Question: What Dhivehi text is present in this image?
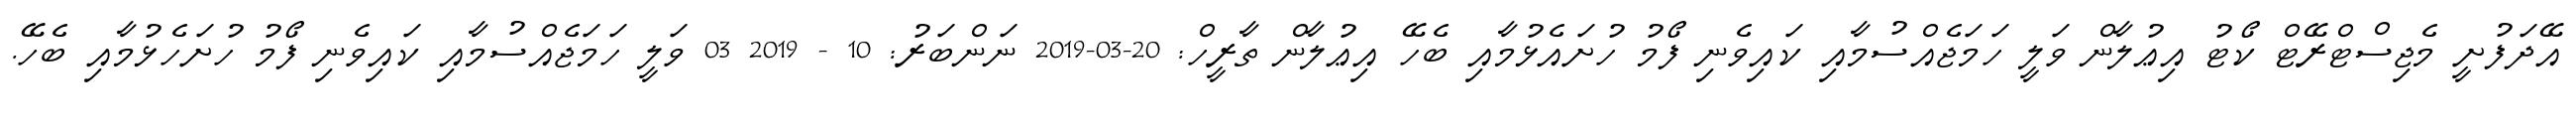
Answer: އޭދަފުށީ މެޖިސްޓްރޭޓް ކޯޓު އިޢުލާން ވަލީ ހަމަޖެއްސުމާއި ކައިވެނި ފޯމު ހުށައެޅުމާއި ބެހޭ އިޢުލާން ތާރީހް: 20-03-2019 ނަންބަރު: 10 - 2019 03 ވަލީ ހަމަޖެއްސުމާއި ކައިވެނި ފޯމު ހުށަހެޅުމާއި ބެހޭ.